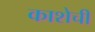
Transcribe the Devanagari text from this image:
काशेची